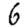
Digit: 6